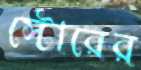
স্টোরের